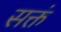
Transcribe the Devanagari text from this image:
सक्तं